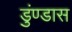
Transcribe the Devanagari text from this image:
डुंण्डास